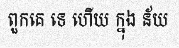
ពួកគេ ទេ ហើយ ក្នុង ន័យ